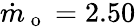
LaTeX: \dot{m}_{\mathrm{~o~}}=2.50